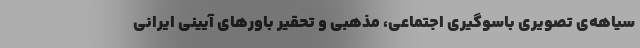
سياهه‌ي تصويري باسوگیری اجتماعی، مذهبی و تحقیر باورهای آیینی ایراني